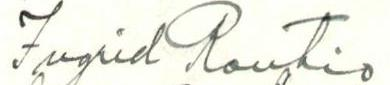
Ingrid Rautio